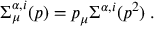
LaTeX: \Sigma _ { \mu } ^ { \alpha , i } ( p ) = p _ { \mu } \Sigma ^ { \alpha , i } ( p ^ { 2 } ) \; .